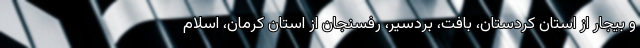
و بیجار از استان کردستان، بافت، بردسیر، رفسنجان از استان کرمان، اسلام